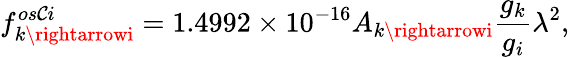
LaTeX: f_{k\rightarrowi}^{os\mathcal{C}i}=1.4992\times10^{-16}A_{k\rightarrowi}\frac{{g_{k}}}{{g_{i}}}\lambda^{2},